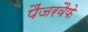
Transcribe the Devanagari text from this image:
पैंजरवैफे